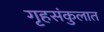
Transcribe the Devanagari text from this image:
गृहसंकुलात